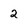
Character: 2